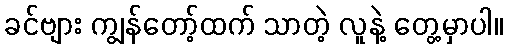
ခင်ဗျား ကျွန်တော့်ထက် သာတဲ့ လူနဲ့ တွေ့မှာပါ။